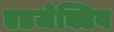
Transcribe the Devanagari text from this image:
एडजेक्टिव